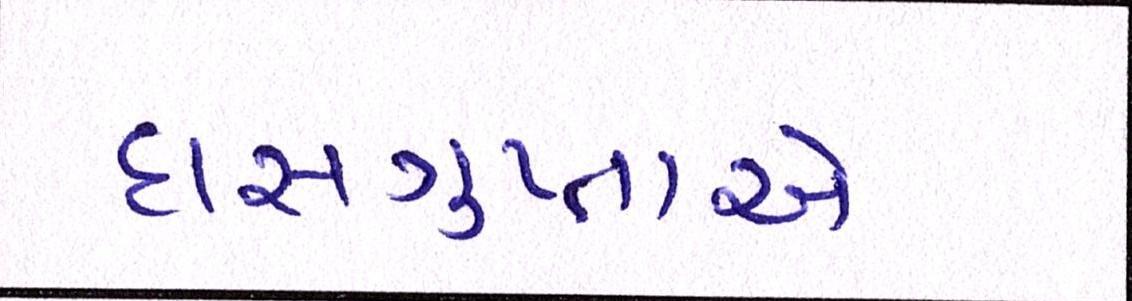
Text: દાસગુપ્તાએ